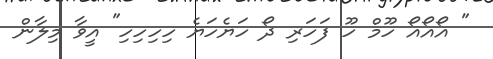
" އޯއޯއޯ ހޫމް ހޫ ފަހަރި ދޯ ހަޔެހަޔެ ހިހިހިހި" އީވާ މިލާން